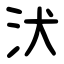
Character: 汱